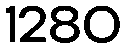
1280